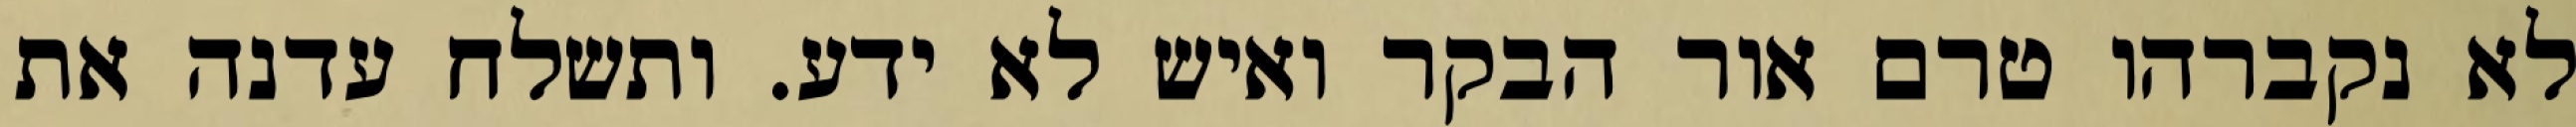
לא נקברהו טרם אור הבקר ואיש לא ידע. ותשלח עדנה את